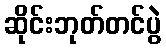
ဆိုင်းဘုတ်တင်ပွဲ